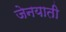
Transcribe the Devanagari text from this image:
जेनयाती